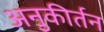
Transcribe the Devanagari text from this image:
अनुकीर्तन